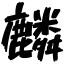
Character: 麟